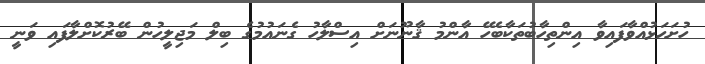
ހުށަހަޅުއްވާފައިވާ އިންތިހާބުތަކާބެހޭ އާންމު ޤާނޫނަށް އިސްލާހު ގެނައުމުގެ ބިލް މަޖިލީހުން ބޭރުކޮށްލާފައި ވަނީ